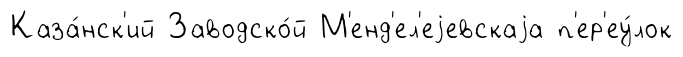
Каза́нск'ий Заводско́й М'енд'ел'еjевскаjа п'ер'еу́лок